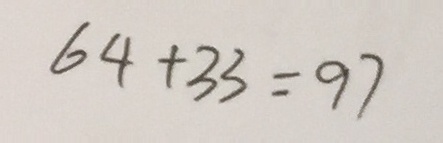
6 4 + 3 3 = 9 7